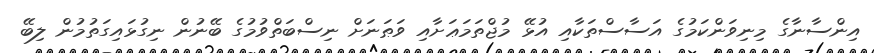
އިންސާނާގެ މިނިވަންކަމުގެ އަސާސްތަކާއި އުޅޭ މުޖްތަމަޢަށާއި ވަޠަނަށް ނިސްބަތްވުމުގެ ބޭނުން ނިގުޅައިގަތުމުން ލިބޭ